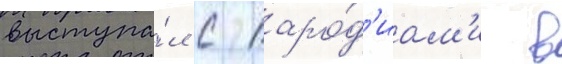
выступа́л с паро́д'иам'и в